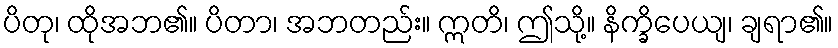
ပိတု၊ ထိုအဘ၏။ ပိတာ၊ အဘတည်း။ ဣတိ၊ ဤသို့။ နိက္ခိပေယျ၊ ချရာ၏။